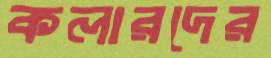
কলারদের